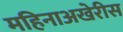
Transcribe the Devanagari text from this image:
महिनाअखेरीस